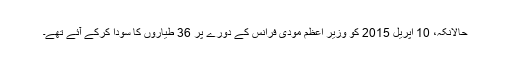
حالانکہ، 10 اپریل 2015 کو وزیر اعظم مودی فرانس کے دورے پر 36 طیاروں کا سودا کرکے آئے تھے۔